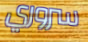
سروري